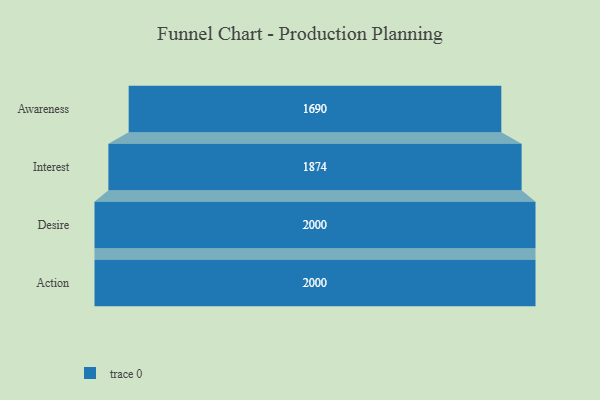
{"axis": {"x": "Stage", "y": "Value"}, "legend": [""], "data": [{"x": "Awareness", "y": 1690.0, "type": ""}, {"x": "Interest", "y": 1874.0, "type": ""}, {"x": "Desire", "y": 2000, "type": ""}, {"x": "Action", "y": 2000, "type": ""}]}